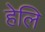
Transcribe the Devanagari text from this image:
हेलि